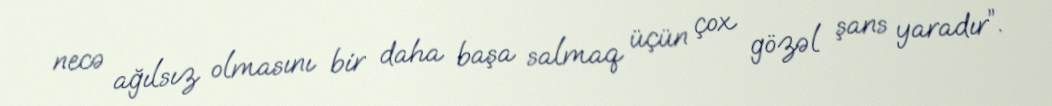
necə ağılsız olmasını bir daha başa salmaq üçün çox gözəl şans yaradır”.